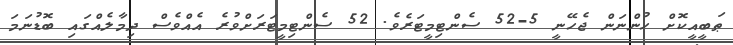
ޠަބީއީކޮށް ހުންނަން ޖެހޭނީ 5-52 ސެންޓިމީޓަރެވެ. 52 ސެންޓިމީޓަރަށްވުރެ އެއްވެސް ދިމާލެއްގައި ބޮޑުނަމަ